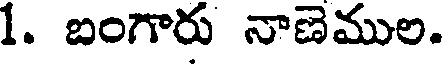
1. బంగారు నాణెముల.